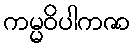
ကမ္မဝိပါကဇာ